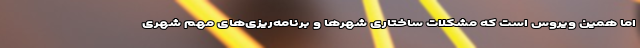
اما همین ویروس است که مشکلات ساختاری شهرها و برنامه‌ریزی‌های مهم شهری